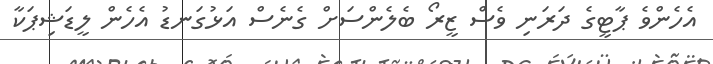
އެހެންވެ ޕާޓީގެ ދަރަނި ވެސް ޒީރޯ ބެލެންސަށް ގެނެސް އަޅުގަނޑު އެހެން ލީޑަޝިޕަކާ